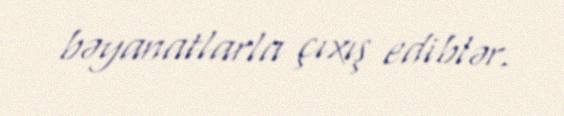
bəyanatlarla çıxış ediblər.